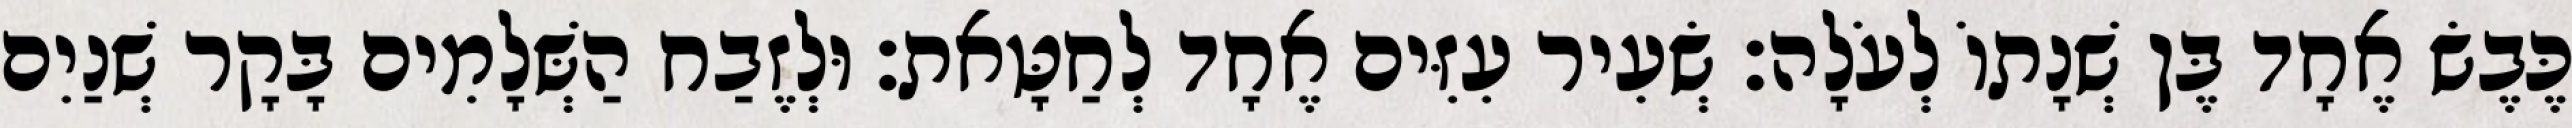
כֶּבֶשׂ אֶחָד בֶּן שְׁנָתוֹ לְעֹלָה׃ שְׂעִיר עִזִּים אֶחָד לְחַטָּאת׃ וּלְזֶבַח הַשְּׁלָמִים בָּקָר שְׁנַיִם